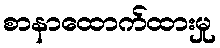
စာနာထောက်ထားမှု